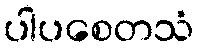
ပါပစေတသံ